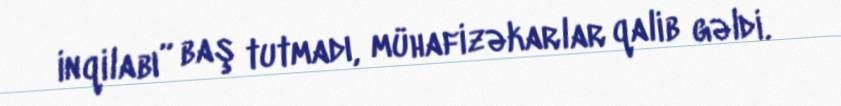
inqilabı” baş tutmadı, mühafizəkarlar qalib gəldi.